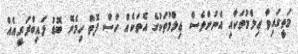
މަތީގައިވާ ޢިލްމުތަކާއި އެނުންވެސް ޢިލްމުތަކުގެ އެތަކެއް ހާސް ފޮތް ހިމެނޭ ބޮޑު ލައިބްރަރީއެއް